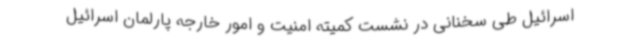
اسرائیل طی سخنانی در نشست کمیته امنیت و امور خارجه پارلمان اسرائیل